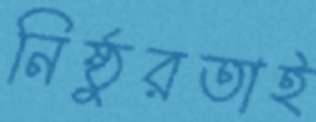
নিষ্ঠুরতাই